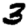
Digit: 3